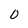
Character: 0